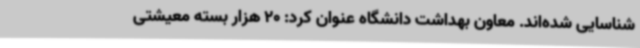
شناسایی شده‌اند. معاون بهداشت دانشگاه عنوان کرد: 20 هزار بسته معیشتی